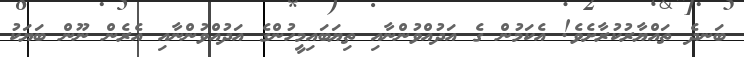
ބަނދެ ތައްޔާރުކުރާށެވެ! އެކަމުން ގެ އަދުއްވުންނާއި ތިޔަބައިމީހުންގެ އަދުއްވުންނާއި އެރެން ނޫން ބަޔަކު